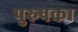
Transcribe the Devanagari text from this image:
पुरुषका